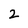
Character: 2